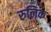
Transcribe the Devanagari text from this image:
रुलिक